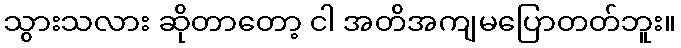
သွားသလား ဆိုတာတော့ ငါ အတိအကျမပြောတတ်ဘူး။